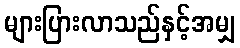
များပြားလာသည်နှင့်အမျှ